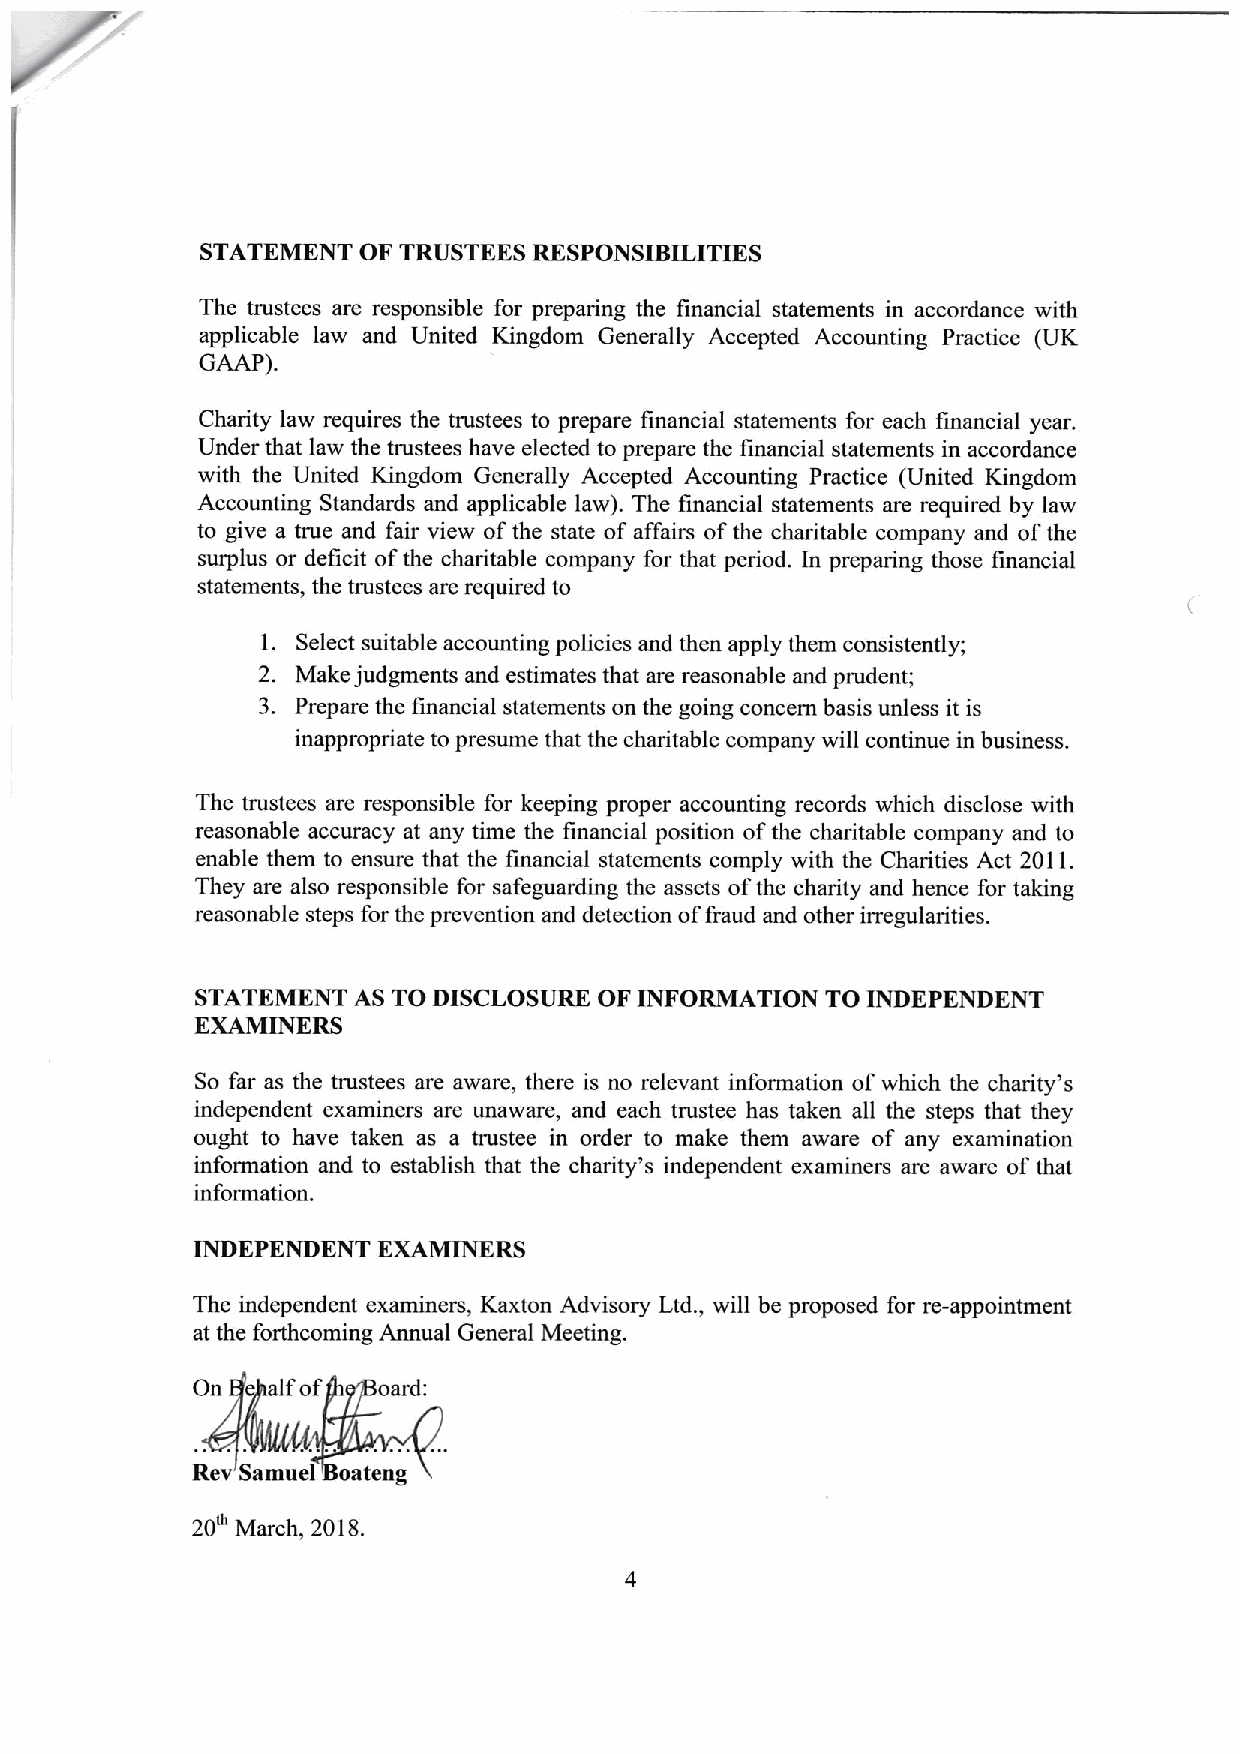
STATEMENT  OF TRUSTEES RESPONSIBILITIES
 The trustees are responsible for preparing the financial statements in accordance with
 applicable law and United Kingdom Generally Accepted Accounting Practice (UK
 GAAP).
 Charity law requires the trustees to prepare financial statements for each financial year.
 Under that law the trustees have elected to prepare the financial statements in accordance
 with the United Kingdom Generally Accepted Accounting Practice (United Kingdom
 Accounting Standards and applicable law). The financial statements are required by law
 to give a true and fair view ofthe state of affairs ofthe charitable company and ofthe
 surplus or deficit ofthe charitable company for that period. In preparing those financial
 statements, the trustees are required to
 1. Select suitable accounting policies and then apply them consistently;
 2. Make judgments and estimates that are reasonable and prudent;
 3. Prepare the financial statements on the going concern basis unless it is
 inappropriate to presume that the charitable company will continue in business.
 The trustees are responsible for keeping proper accounting records which disclose with
 reasonable accuracy at any time the financial position ofthe charitable company and to
 enable them to ensure that the financial statements comply with the Charities Act 2011.
 They are also responsible for safeguarding the assets ofthe charity and hence for taking
 reasonable steps for the prevention and detection of&aud and other irregularities.
 STATEMENT AS TO DISCLOSURE OF INFORMATION TO INDEPENDENT
 EXAMINERS
 So far as the trustees are aware, there is no relevant information ofwhich the charity's
 independent examiners are unaware, and each trustee has taken all the steps that they
 ought to have taken as a trustee in order to make them aware of any examination
 information and to establish that the charity's independent examiners are aware of that
 information.
 INDEPENDENT EXAMINERS
 The independent examiners, Kaxton Advisory Ltd. , will be proposed for re-appointment
 at the forthcoming Annual General Meeting.
 On   alfof  oard:
 Rev Samuel oateng
 20 March, 2018.